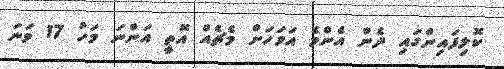
ކޮލިފައިންގައި ދެން އެންމެ އަވަހަށް މެޗެއް އޮތީ އަންނަ މަހު 17 ވަނަ